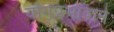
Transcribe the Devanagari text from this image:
योगप्रभावाने